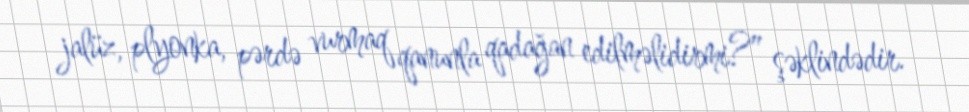
jalüz, plyonka, pərdə vurmaq qanunla qadağan edilməlidirmi?” şəklindədir.